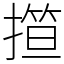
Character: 𢴈